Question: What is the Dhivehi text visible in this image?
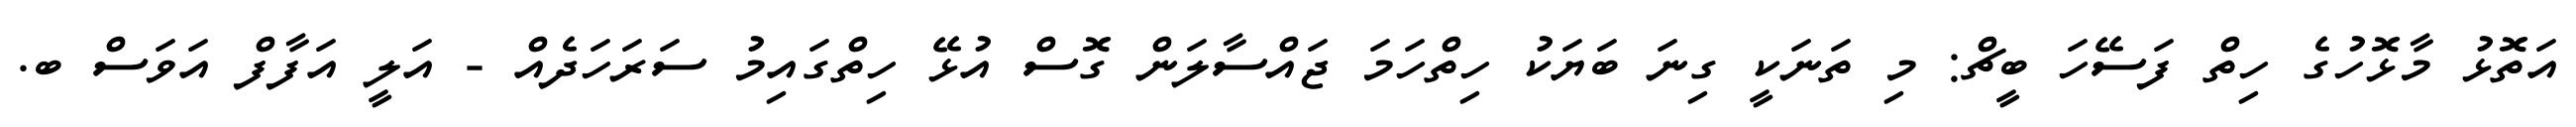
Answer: އަތޮޅު މާޅޮހުގެ ހިތް ފަސޭހަ ބީޗް: މި ތަނަކީ ގިނަ ބަޔަކު ހިތްހަމަ ޖައްސާލަން ގޮސް އުޅޭ ހިތްގައިމު ސަރަހަދެއް - އަލީ އަފާފް އަވަސް ބ.